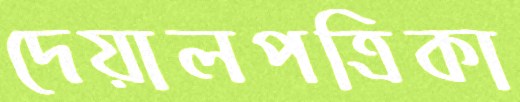
দেয়ালপত্রিকা